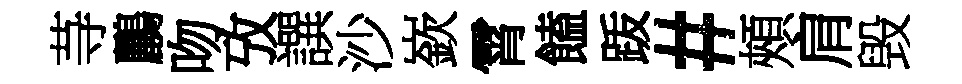
䒭鸝吻攷譔沙嶔霄饁䟦#頰肩毁